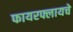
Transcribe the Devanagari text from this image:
फायरफ्लायचे